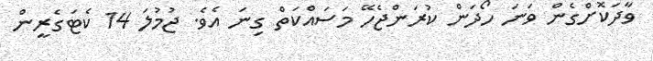
ވާދަކޮށްގެން ވަނަ ހޯދަން ކުރަންޖެހޭ މަސައްކަތް ގިނަ އެވެ. ޖުމުލަ 14 ކެޓަގެރީން